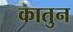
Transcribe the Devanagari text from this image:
कातुन